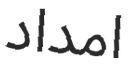
امداد